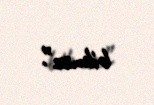
bilməz”.